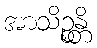
အာသိဉ္စန္တိ